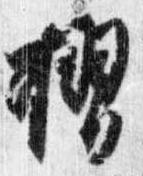
摺